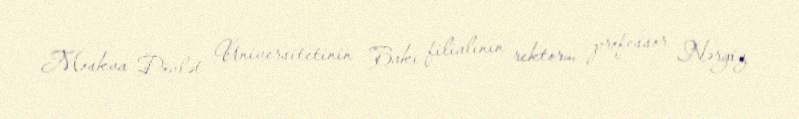
Moskva Dövlət Universitetinin Bakı filialının rektoru, professor Nərgiz